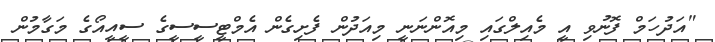
"އަދުހަމް ފޮނުވި އީ މެއިލްގައި މިއޮންނަނީ މިއަދުން ފެށިގެން އެމްޓީސީސީގެ ސީއީއޯގެ މަގާމުން